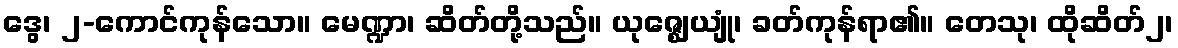
ဒွေ၊ ၂-ကောင်ကုန်သော။ မေဏ္ဍာ၊ ဆိတ်တို့သည်။ ယုဇ္ဈေယျုံ၊ ခတ်ကုန်ရာ၏။ တေသု၊ ထိုဆိတ်၂၊